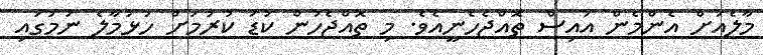
މާލެއަށް އެންމެން އައިސް ތޮއްޖެހެނީއެވެ. މި ތޮއްޖެހުން ކުޑަ ކުރުމަށް ހުޅުމާލެ ނަމުގައި